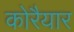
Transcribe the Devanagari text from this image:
कोरैयार